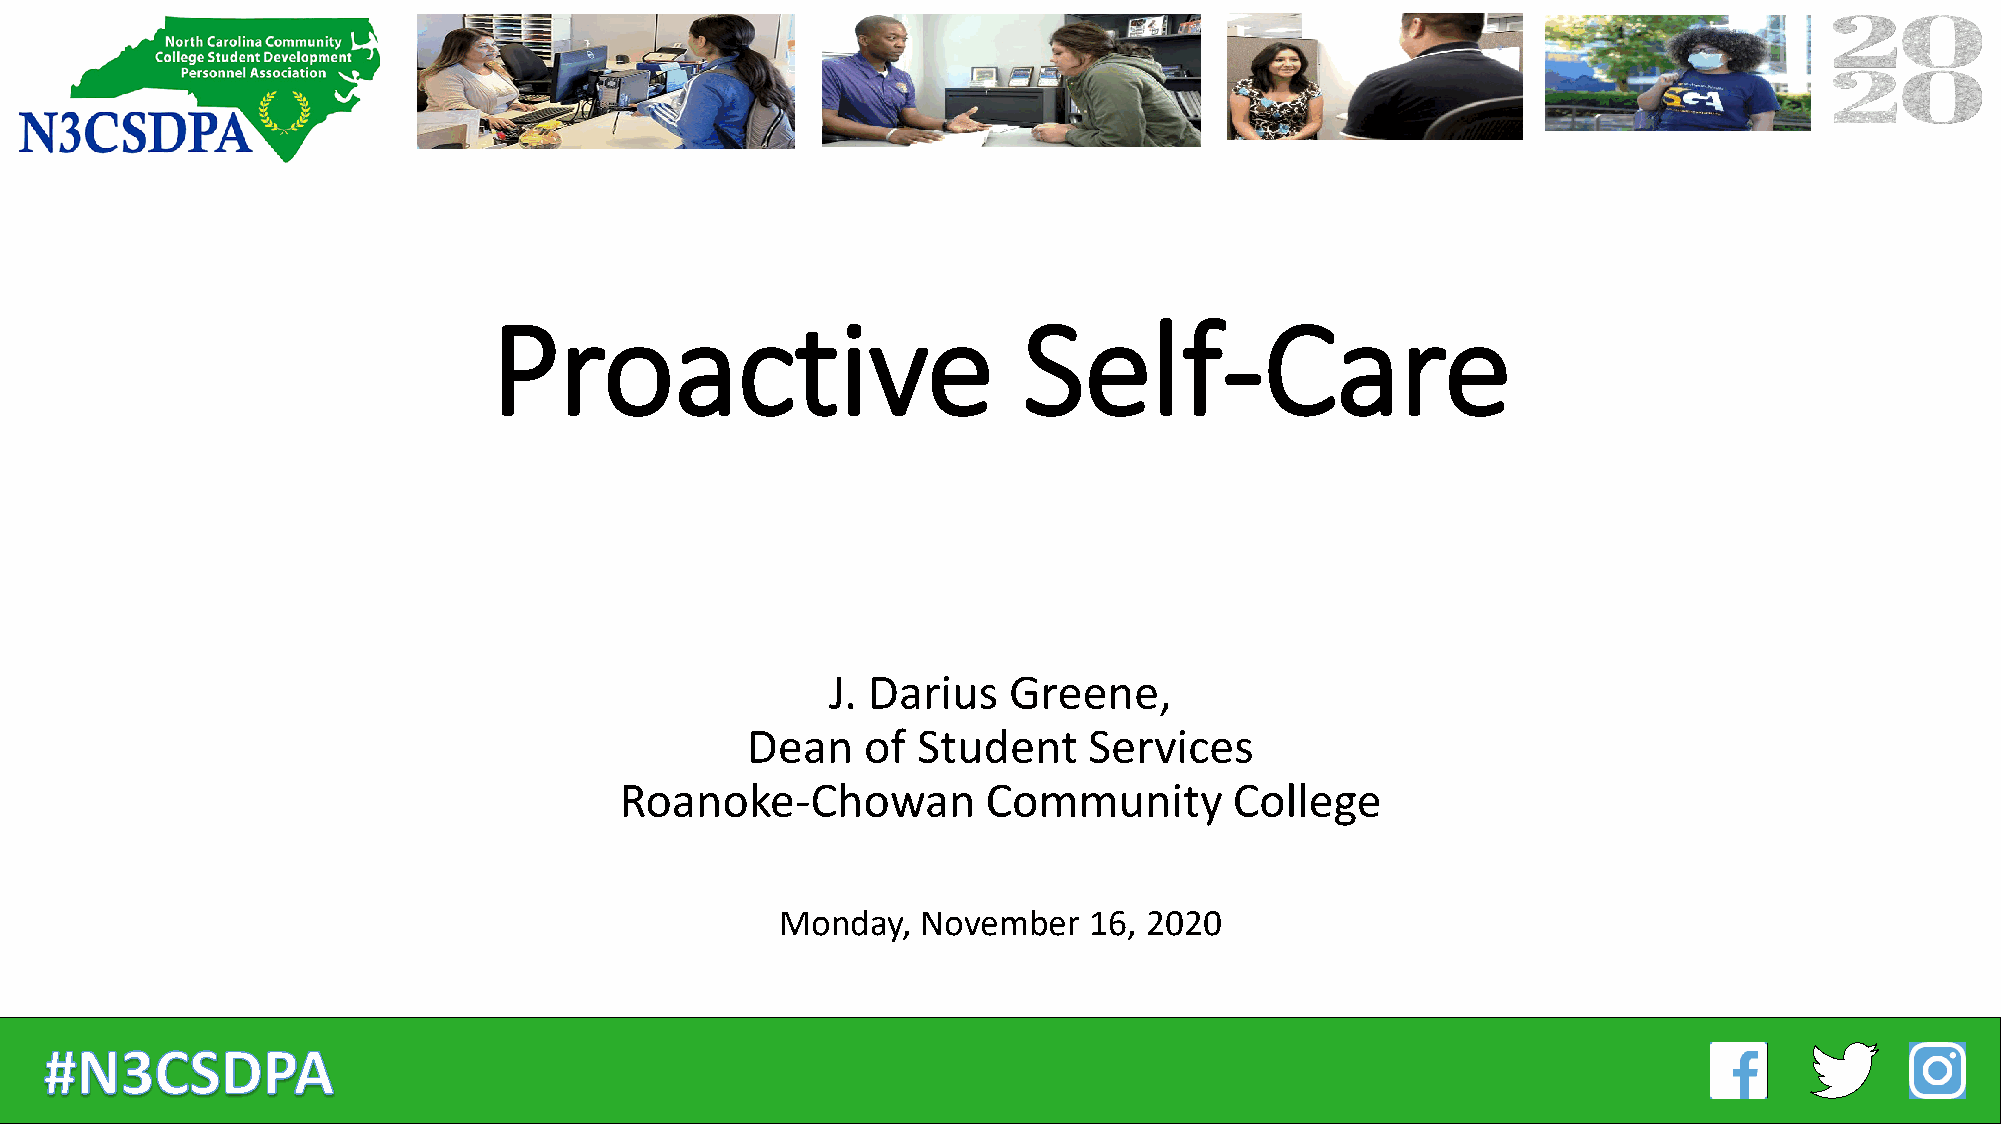
Proactive                           Self-Care
 J. Darius   Greene,
 Dean    of  Student    Services
 Roanoke-Chowan          Community        College
 Monday,  November   16, 2020